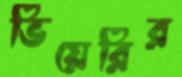
ভিয়েরির